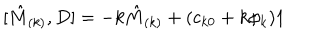
\lbrack \hat { M } _ { ( k ) } , D ] = - k \hat { M } _ { ( k ) } + ( c _ { k 0 } + k \phi _ { k } ) 1